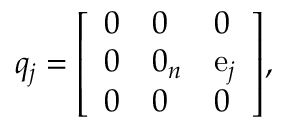
q _ { j } = { \left[ \begin{array} { l l l } { 0 } & { 0 } & { 0 } \\ { 0 } & { 0 _ { n } } & { \operatorname { e } _ { j } } \\ { 0 } & { 0 } & { 0 } \end{array} \right] } ,